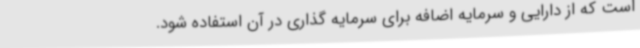
است که از دارایی و سرمایه اضافه برای سرمایه گذاری در آن استفاده شود.